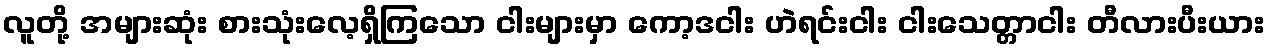
လူတို့ အများဆုံး စားသုံးလေ့ရှိကြသော ငါးများမှာ ကော့ဒငါး ဟဲရင်းငါး ငါးသေတ္တာငါး တီလားပီးယား